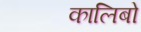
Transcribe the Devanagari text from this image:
कालिबो